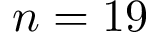
n = 1 9